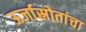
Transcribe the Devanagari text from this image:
ऊर्जास्रोतांचा